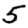
Digit: 5